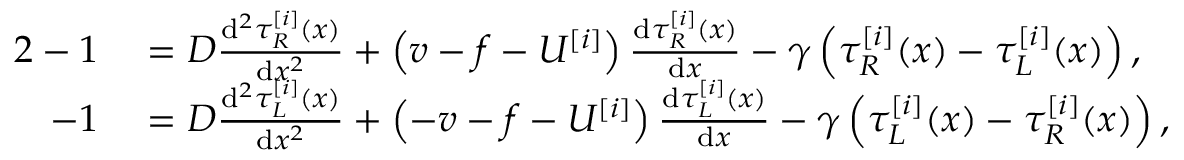
\begin{array} { r l } { { 2 } - 1 } & { { } = D \frac { \mathrm { d } ^ { 2 } \tau _ { R } ^ { [ i ] } ( x ) } { \mathrm { d } x ^ { 2 } } + \left( v - f - U ^ { [ i ] } \right) \frac { \mathrm { d } \tau _ { R } ^ { [ i ] } ( x ) } { \mathrm { d } x } - \gamma \left( \tau _ { R } ^ { [ i ] } ( x ) - \tau _ { L } ^ { [ i ] } ( x ) \right) , } \\ { - 1 } & { { } = D \frac { \mathrm { d } ^ { 2 } \tau _ { L } ^ { [ i ] } ( x ) } { \mathrm { d } x ^ { 2 } } + \left( - v - f - U ^ { [ i ] } \right) \frac { \mathrm { d } \tau _ { L } ^ { [ i ] } ( x ) } { \mathrm { d } x } - \gamma \left( \tau _ { L } ^ { [ i ] } ( x ) - \tau _ { R } ^ { [ i ] } ( x ) \right) , } \end{array}